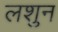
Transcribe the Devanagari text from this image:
लशुन